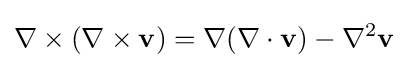
\nabla \times \left(\nabla \times \mathbf {v} \right)=\nabla (\nabla \cdot \mathbf {v} )-\nabla ^{2}\mathbf {v}